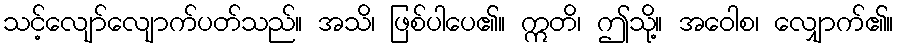
သင့်လျော်လျောက်ပတ်သည်။ အသိ၊ ဖြစ်ပါပေ၏။ ဣတိ၊ ဤသို့။ အဝေါစ၊ လျှောက်၏။